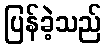
ပြန်ခဲ့သည်